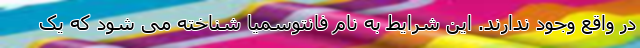
در واقع وجود ندارند. این شرایط به نام فانتوسمیا شناخته می شود که یک